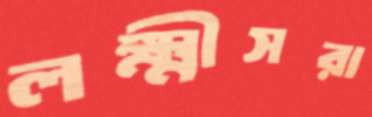
লক্ষ্মীসরা